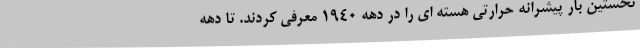
نخستین بار پیشرانه حرارتی هسته ای را در دهه 1940 معرفی کردند. تا دهه